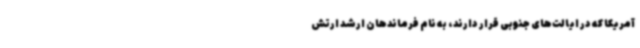
آمریکا که در ایالت‌های جنوبی قرار دارند، به نام فرماندهان ارشد ارتش